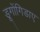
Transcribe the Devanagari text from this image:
डूगोंगिडाए